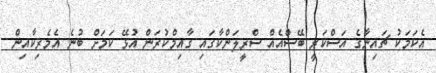
އެކަމަކު ޗައިނާގެ އަސްކަރީ ބޭސްއެއް ސްރީލަންކާގައި ގާއިމްކުރަން އުޅޭ ކަމަށް ބުނެ އެމެރިކާއިން